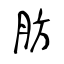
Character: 肪